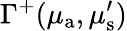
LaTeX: \Gamma^{+}(\mu_{{\mathrm a}},\mu_{\mathrm{s}}^{\prime})